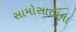
સામોસાતાના